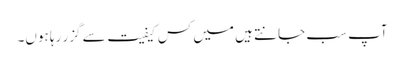
آپ سب جانتے ہیں میں کس کیفیت سے گزر رہا ہوں۔